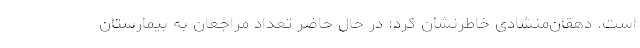
است. دهقان‌منشادی خاطرنشان کرد: در حال حاضر تعداد مراجعان به بیمارستان